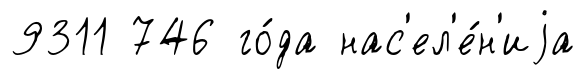
9311 746 го́да нас'ел'е́н'иjа